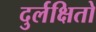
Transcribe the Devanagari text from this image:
दुर्लक्षितो